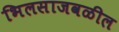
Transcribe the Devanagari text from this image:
भिलसाजवळील